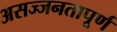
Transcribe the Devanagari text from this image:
असज्जनतापूर्ण